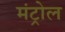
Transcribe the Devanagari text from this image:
मंट्रोल